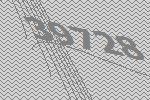
39728